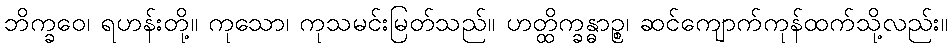
ဘိက္ခဝေ၊ ရဟန်းတို့။ ကုသော၊ ကုသမင်းမြတ်သည်။ ဟတ္ထိက္ခန္ဓာဉ္စ၊ ဆင်ကျောက်ကုန်ထက်သို့လည်း။